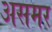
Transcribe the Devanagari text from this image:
असमर